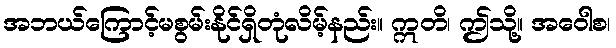
အဘယ်ကြောင့်မစွမ်းနိုင်ရှိတုံလိမ့်နည်း။ ဣတိ၊ ဤသို့။ အဝေါစ၊